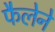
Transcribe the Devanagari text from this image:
फैलेने